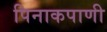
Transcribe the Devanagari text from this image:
पिनाकपाणी